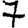
Digit: 7